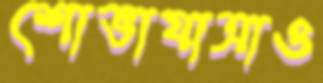
শোভাযাত্রাও